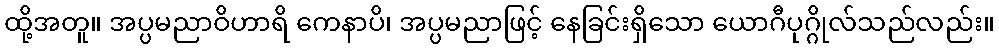
ထို့အတူ။ အပ္ပမညာဝိဟာရိ ကေနာပိ၊ အပ္ပမညာဖြင့် နေခြင်းရှိသော ယောဂီပုဂ္ဂိုလ်သည်လည်း။